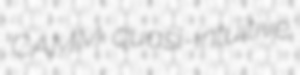
CAMM quasi-intuitive